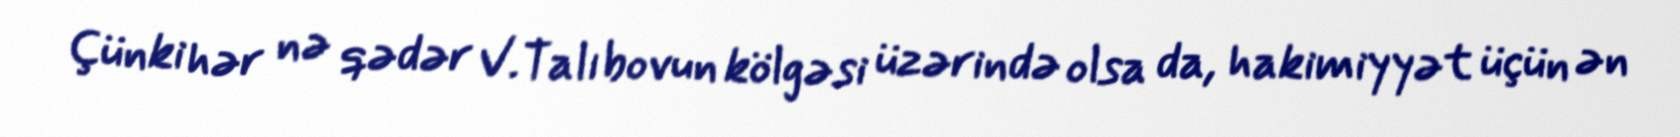
Çünki hər nə qədər V.Talıbovun kölgəsi üzərində olsa da, hakimiyyət üçün ən